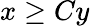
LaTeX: x\ge Cy